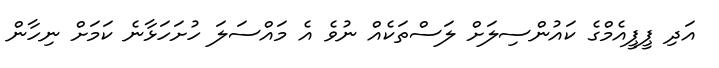
އަދި ޕީޕީއެމްގެ ކައުންސިލަަށް ލަސްތަކެއް ނުވެ އެ މައްސަލަ ހުށަހަޅާނެ ކަމަށް ނިހާން